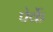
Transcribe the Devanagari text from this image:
पेर्के